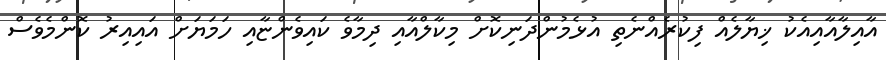
އާއިލާއާއިއެކު ޚިޔާލެއް ފިކުރެއްނެތި އުޅެމުންދަނިކޮށް މިކާލްއާއި ދިމާވެ ކައިވެންޏާއި ހަމަޔަށް އައިއިރު ކޮންމެވެސް